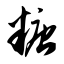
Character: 糖